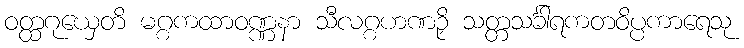
ဝတ္ထဂုယှေတိ မဂ္ဂကထာဝဏ္ဏနာ သီလဂ္ဂဟဏဉှိ သတ္တသင်္ခါရကတဝိပ္ပကာရေသု